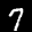
Label: 7